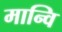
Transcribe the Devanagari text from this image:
मान्वि